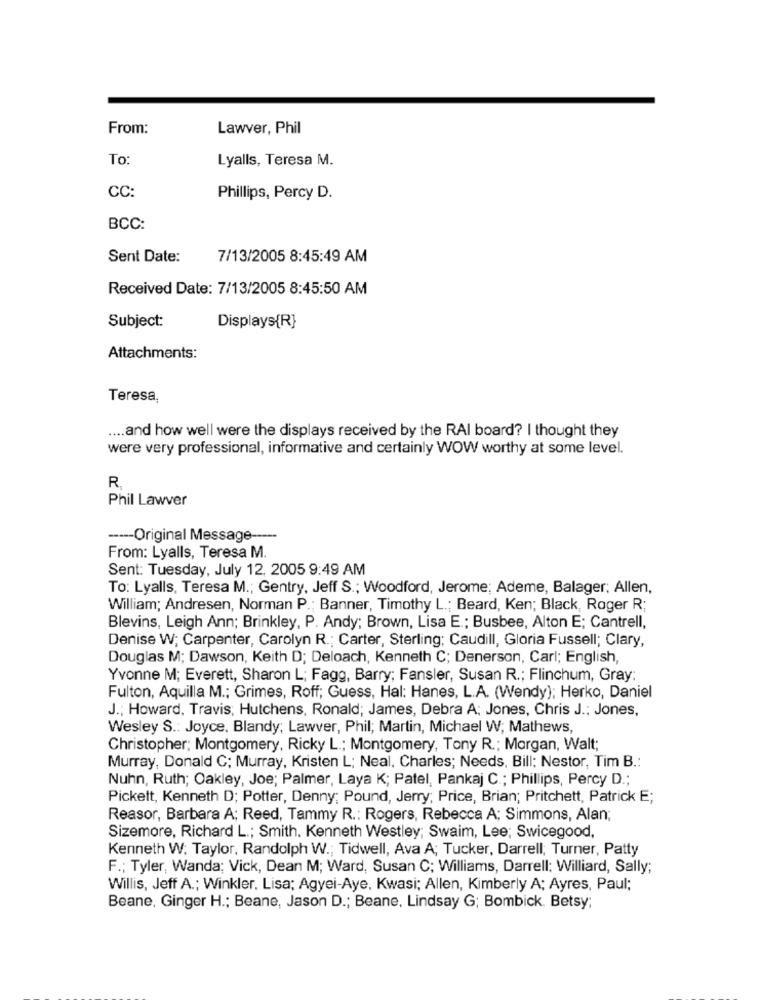
From:
Lawver, Phil
To
Lyalls, Teresa M.
CC:
Phillips, Percy D.
BCC:
Sent Date:
7/13/2005 8:45:49 AM
Received Date: 7/13/2005 8:45:50 AM
Subject:
Displays{R}
Attachments:
Teresa,
.... and how well were the displays received by the RAI board? I thought they
were very professional, informative and certainly WOW worthy at some level.
R
Phil Lawver
----- Original Message -----
From: Lyalls, Teresa M.
Sent: Tuesday, July 12, 2005 9:49 AM
To: Lyalls, Teresa M .; Gentry, Jeff S .; Woodford, Jerome; Ademe, Balager; Allen,
William; Andresen, Norman P .; Banner, Timothy L .; Beard, Ken; Black, Roger R;
Blevins, Leigh Ann; Brinkley, P. Andy; Brown, Lisa E .; Busbee, Alton E; Cantrell,
Denise W; Carpenter, Carolyn R .; Carter, Sterling; Caudill, Gloria Fussell; Clary,
Douglas M; Dawson, Keith D; Deloach, Kenneth C; Denerson, Carl; English,
Yvonne M; Everett, Sharon L; Fagg, Barry; Fansler, Susan R .; Flinchum, Gray:
Fulton, Aquilla M .; Grimes, Roff; Guess, Hal: Hanes, L.A. (Wendy); Herko, Daniel
J .; Howard, Travis; Hutchens, Ronald; James, Debra A; Jones, Chris J .; Jones,
Wesley S .: Joyce, Blandy; Lawver, Phil; Martin, Michael W; Mathews,
Christopher; Montgomery, Ricky L .; Montgomery, Tony R .; Morgan, Walt;
Murray, Donald C; Murray, Kristen L; Neal, Charles; Needs, Bill; Nestor, Tim B .:
Nuhn, Ruth; Oakley, Joe; Palmer, Laya K; Patel, Pankaj C .; Phillips, Percy D .;
Pickett, Kenneth D; Potter, Denny; Pound, Jerry; Price, Brian; Pritchett, Patrick E;
Reasor, Barbara A; Reed, Tammy R .: Rogers, Rebecca A; Simmons, Alan;
Sizemore, Richard L .; Smith. Kenneth Westley; Swaim, Lee; Swicegood,
Kenneth W. Taylor, Randolph W .; Tidwell, Ava A; Tucker, Darrell; Turner, Patty
F .; Tyler, Wanda; Vick, Dean M; Ward, Susan C; Williams, Darrell: Williard, Sally;
Willis, Jeff A .; Winkler. Lisa; Agyei-Aye, Kwasi; Allen, Kimberly A; Ayres, Paul;
Beane, Ginger H .; Beane, Jason D .; Beane, Lindsay G; Bombick. Betsy;